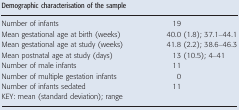
<table><thead><tr><td><b>Demographic characterisation of the sample</b></td><td></td></tr></thead><tbody><tr><td>Number of infants</td><td>19</td></tr><tr><td>Mean gestational age at birth (weeks)</td><td>40.0 (1.8); 37.1–44.1</td></tr><tr><td>Mean gestational age at study (weeks)</td><td>41.8 (2.2); 38.6–46.3</td></tr><tr><td>Mean postnatal age at study (days)</td><td>13 (10.5); 4–41</td></tr><tr><td>Number of male infants</td><td>11</td></tr><tr><td>Number of multiple gestation infants</td><td>0</td></tr><tr><td>Number of infants sedated</td><td>11</td></tr><tr><td>KEY: mean (standard deviation); range</td><td></td></tr></tbody></table>